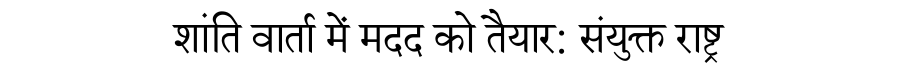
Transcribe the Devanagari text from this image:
शांति वार्ता में मदद को तैयार: संयुक्त राष्ट्र